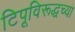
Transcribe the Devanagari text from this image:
टिपूविरूद्धच्या